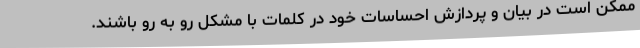
ممکن است در بیان و پردازش احساسات خود در کلمات با مشکل رو به رو باشند.